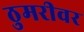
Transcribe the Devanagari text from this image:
ठुमरीवर